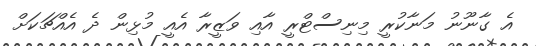
އެ ގާނޫނު މަނާކުރީ މިނިސްޓްރީ އާއި ވަޒީރާ އެއީ މުޅިން ދެ އެއްޗަކަށް